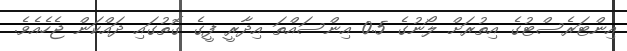
އިންޓަރެސްޓުގެ އިތުރަށް ލޯނުގެ 0.5 އިންސައްތަ އިދާރީ ފީގެ ގޮތުގައި ދައްކަން ޖެހެއެވެ.